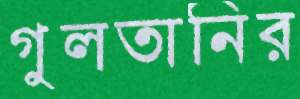
গুলতানির